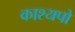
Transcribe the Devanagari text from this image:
काश्यपो